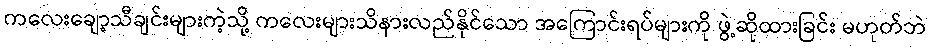
ကလေးချော့သီချင်းများကဲ့သို့ ကလေးများသိနားလည်နိုင်သော အကြောင်းရပ်များကို ဖွဲ့ဆိုထားခြင်း မဟုတ်ဘဲ